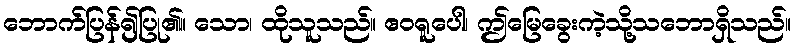
ဘောက်ပြန်၍ပြု၏။ သော၊ ထိုသူသည်။ ဧဝရူပေါ၊ ဤမြေခွေးကဲ့သို့သဘောရှိသည်။